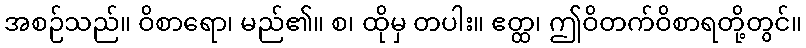
အစဉ်သည်။ ဝိစာရော၊ မည်၏။ စ၊ ထိုမှ တပါး။ ဧတ္ထ၊ ဤဝိတက်ဝိစာရတို့တွင်။